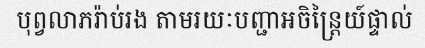
បុព្វលាភរ៉ាប់រង តាមរយៈបញ្ជាអចិន្ត្រៃយ៍ផ្ទាល់